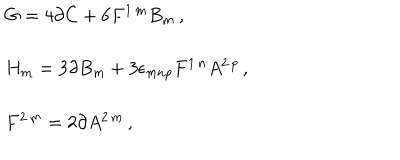
LaTeX: \begin{array} { r c l } { { } } & { { } } & { { G = 4 \partial C + 6 F ^ { 1 \, m } B _ { m } \, , } } \\ { { } } & { { } } & { { } } \\ { { } } & { { } } & { { H _ { m } = 3 \partial B _ { m } + 3 \epsilon _ { m n p } F ^ { 1 \, n } A ^ { 2 \, p } \, , } } \\ { { } } & { { } } & { { } } \\ { { } } & { { } } & { { F ^ { 2 \, m } = 2 \partial A ^ { 2 \, m } \, , } } \\ \end{array}